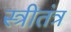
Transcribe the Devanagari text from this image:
स्त्रीतंत्र